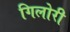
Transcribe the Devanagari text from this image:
गिलोरी